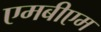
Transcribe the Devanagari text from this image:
एमबीएम